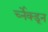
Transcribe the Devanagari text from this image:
र्च्नेक्डून